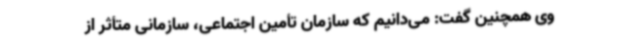
وی همچنین گفت: می‌دانیم که سازمان تأمین ‌اجتماعی، سازمانی متأثر از